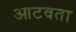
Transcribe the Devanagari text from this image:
आटवता